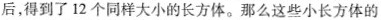
后，得到了12个同样大小的长方体。那么这些小长方体的